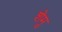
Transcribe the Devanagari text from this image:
शेमु